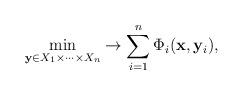
LaTeX: \begin{align*} \min \limits_{\mathbf{ y}\in X_{1}\times \dots \times X_{n}} \to \sum \limits_{i=1}^{n} \Phi _{i}(\mathbf{x}, \mathbf{y}_{i}),\end{align*}